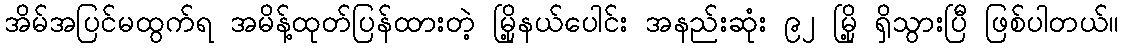
အိမ်အပြင်မထွက်ရ အမိန့်ထုတ်ပြန်ထားတဲ့ မြို့နယ်ပေါင်း အနည်းဆုံး ၉၂ မြို့ ရှိသွားပြီ ဖြစ်ပါတယ်။